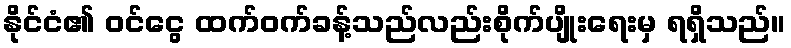
နိုင်ငံ၏ ဝင်ငွေ ထက်ဝက်ခန့်သည်လည်းစိုက်ပျိုးရေးမှ ရရှိသည်။